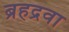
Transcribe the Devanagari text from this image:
ब्रहद्रवा